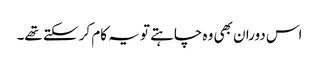
اس دوران بھی وہ چاہتے تو یہ کام کر سکتے تھے۔